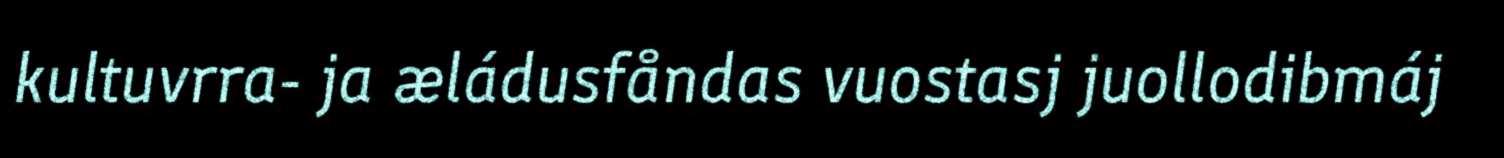
kultuvrra- ja æládusfåndas vuostasj juollodibmáj